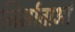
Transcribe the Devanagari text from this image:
निर्माताआं